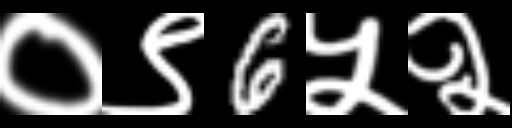
Text: ०९6५२